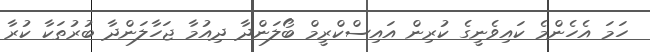
ހަމަ އެހެންމެ ކައިވެނީގެ ކުރިން އައިސްކްރީމް ބޯލަންދާ ދިއުމާ ޖަހާލަންދާ ބުރުތަކާ ކުރާ